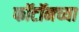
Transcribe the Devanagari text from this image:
फॉटॉनच्या